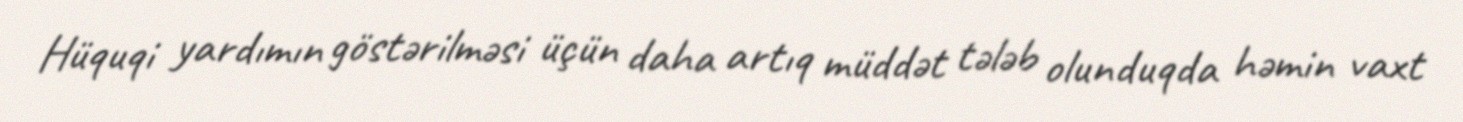
Hüquqi yardımın göstərilməsi üçün daha artıq müddət tələb olunduqda həmin vaxt